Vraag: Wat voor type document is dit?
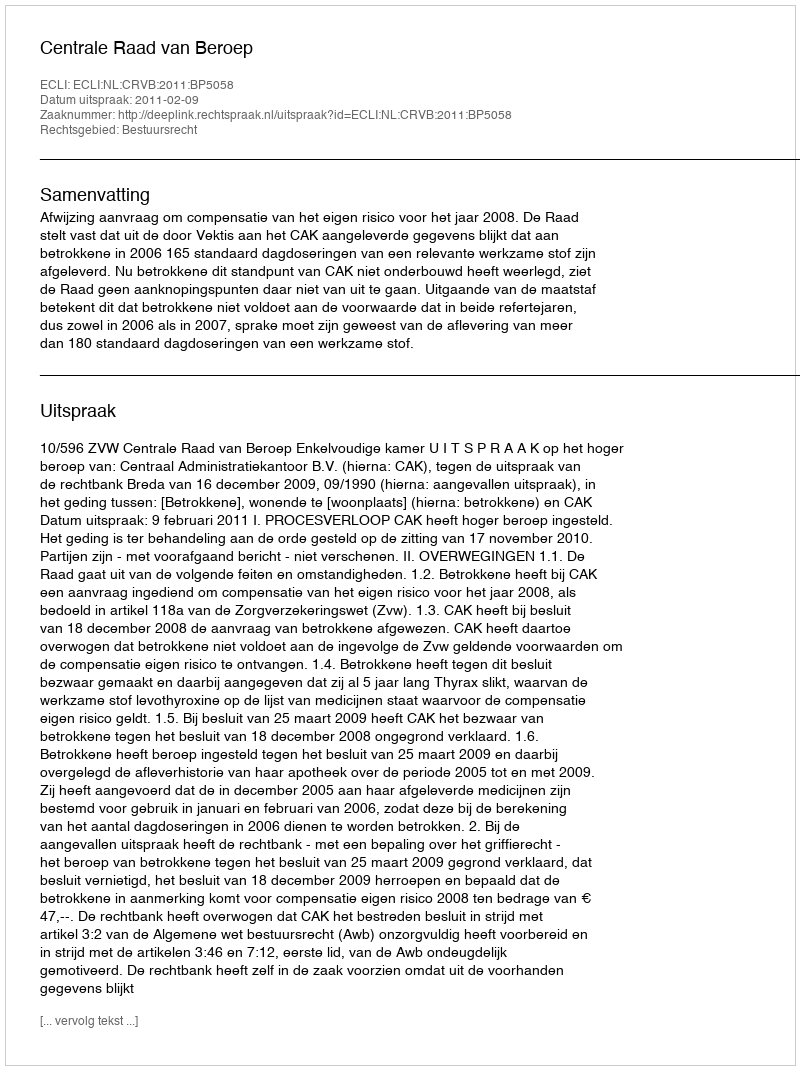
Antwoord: Uitspraak